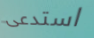
استدعى